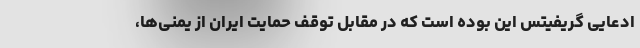
ادعایی گریفیتس این بوده است که در مقابل توقف‌ حمایت ایران از یمنی‌ها،